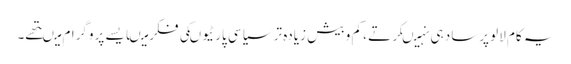
یہ کام لالو پرساد ہی نہیںکرتے ، کم و بیش زیادہ تر سیاسی پارٹیوںکی فکر میںایسے پروگرام میںتھے۔